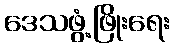
ဒေသဖွံ့ဖြိုးရေး